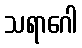
သရာဂေါ